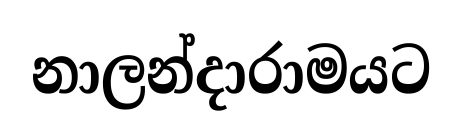
නාලන්දාරාමයට